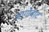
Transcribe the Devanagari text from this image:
आगोबाट